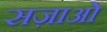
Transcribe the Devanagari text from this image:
सज़ाओं